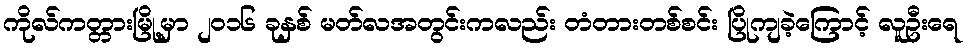
ကိုလ်ကတ္တားမြို့မှာ ၂၀၁၆ ခုနှစ် မတ်လအတွင်းကလည်း တံတားတစ်စင်း ပြိုကျခဲ့ကြောင့် လူဦးရေ